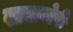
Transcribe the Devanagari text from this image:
खाद्यान्वेषी